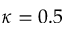
\kappa = 0 . 5